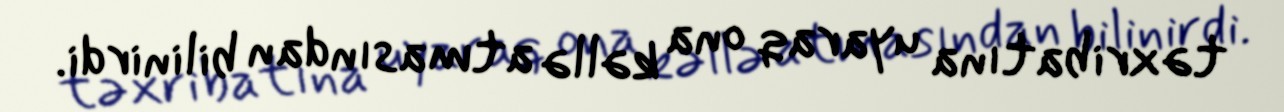
təxribatına uyaraq ona kəllə atmasından bilinirdi.